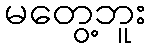
မတွေ့ဘူး